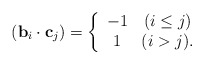
\begin{align*}({\bf b}_i\cdot{\bf c}_j)=\left\{\begin{array}{cc} -1 & (i\leq j)\\ 1 & (i>j). \end{array}\right.\end{align*}